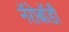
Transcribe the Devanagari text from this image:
नॅरोबॉडी